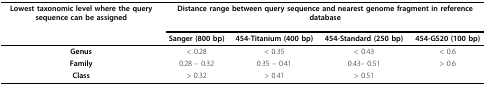
<table><thead><tr><td><b>Lowest taxonomic level where the query sequence can be assigned</b></td><td colspan="4"><b>Distance range between query sequence and nearest genome fragment in reference database</b></td></tr><tr><td></td><td><b>Sanger (800 bp)</b></td><td><b>454-Titanium (400 bp)</b></td><td><b>454-Standard (250 bp)</b></td><td><b>454-GS20 (100 bp)</b></td></tr></thead><tbody><tr><td><b>Genus</b></td><td>&lt; 0.28</td><td>&lt; 0.35</td><td>&lt; 0.43</td><td>&lt; 0.6</td></tr><tr><td><b>Family</b></td><td>0.28 – 0.32</td><td>0.35 – 0.41</td><td>0.43– 0.51</td><td>&gt; 0.6</td></tr><tr><td><b>Class</b></td><td>&gt; 0.32</td><td>&gt; 0.41</td><td>&gt; 0.51</td><td></td></tr></tbody></table>